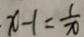
x - 1 = \frac { 1 } { x }